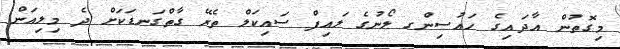
މިގޮތުން އާދައިގެ ހައުސިންގ ލޯނުގެ ލައިފް ސައިކަލް ތެރޭ ގާތްގަނޑަކަށް ދެ މިލިއަން